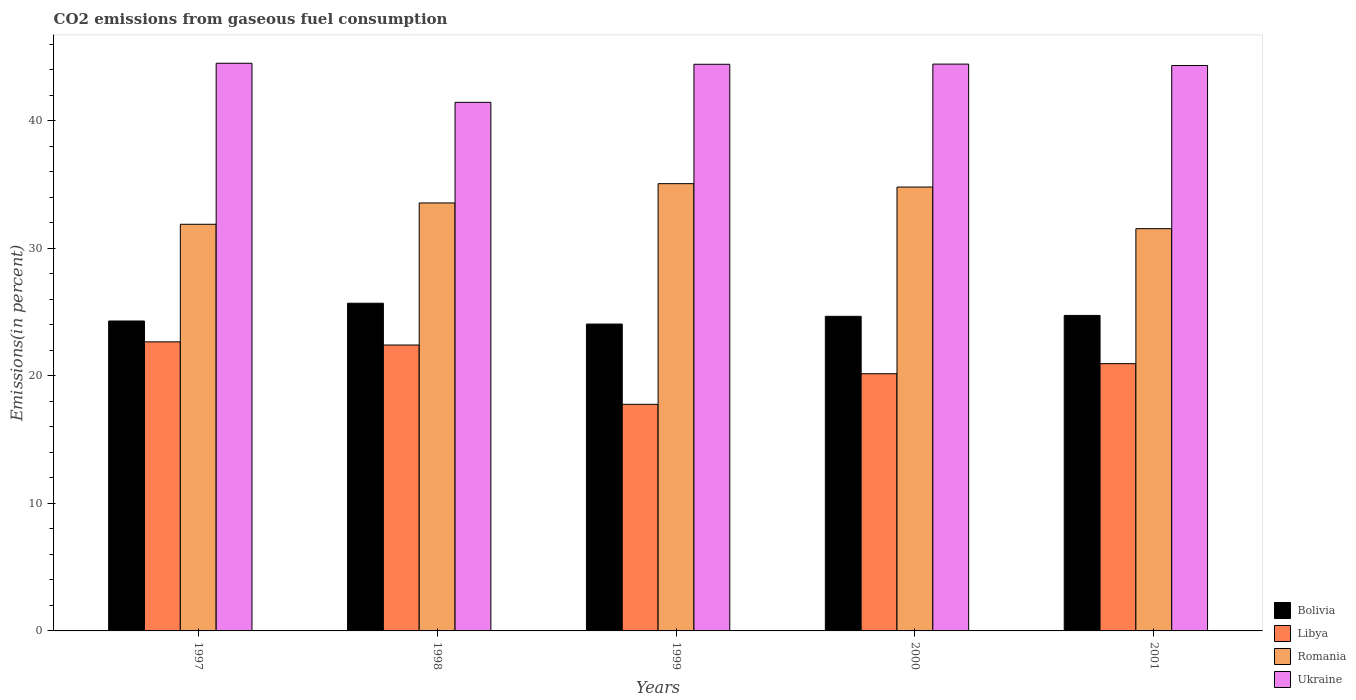
| Years | Bolivia | Libya | Romania | Ukraine |
 | --- | --- | --- | --- | --- |
 | 1997 | 24.3 | 22.7 | 31.9 | 44.5 |
 | 1998 | 25.7 | 22.4 | 33.6 | 41.5 |
 | 1999 | 24.1 | 17.8 | 35.1 | 44.4 |
 | 2000 | 24.7 | 20.2 | 34.8 | 44.5 |
 | 2001 | 24.7 | 21 | 31.6 | 44.4 |